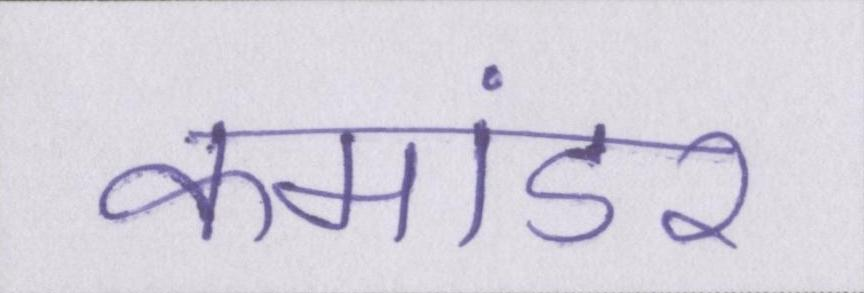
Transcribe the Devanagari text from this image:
कमांडर